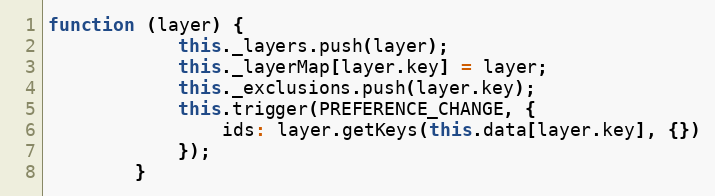
Language: JavaScript
function (layer) {
            this._layers.push(layer);
            this._layerMap[layer.key] = layer;
            this._exclusions.push(layer.key);
            this.trigger(PREFERENCE_CHANGE, {
                ids: layer.getKeys(this.data[layer.key], {})
            });
        }